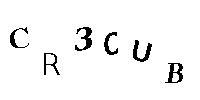
CR3CUB